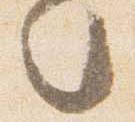
々